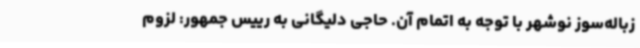
زباله‌سوز نوشهر با توجه به اتمام آن. حاجی دلیگانی به رییس جمهور: لزوم